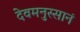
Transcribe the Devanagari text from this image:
देवमनुस्सानं